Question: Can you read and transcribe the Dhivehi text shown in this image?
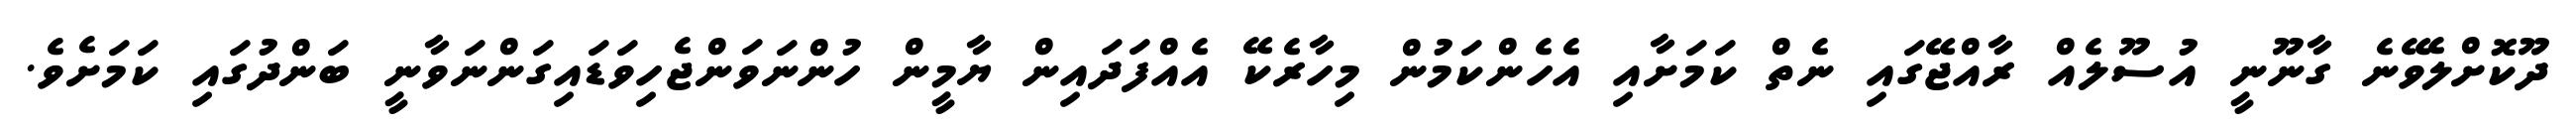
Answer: ދޫކޮށްލެވޭނެ ގާނޫނީ އުސޫލެއް ރާއްޖޭގައި ނެތް ކަމަށާއި އެހެންކަމުން މިހާރެކޭ އެއްފަދައިން ޔާމީން ހުންނަވަންޖެހިވަޑައިގަންނަވާނީ ބަންދުގައި ކަމަށެވެ.